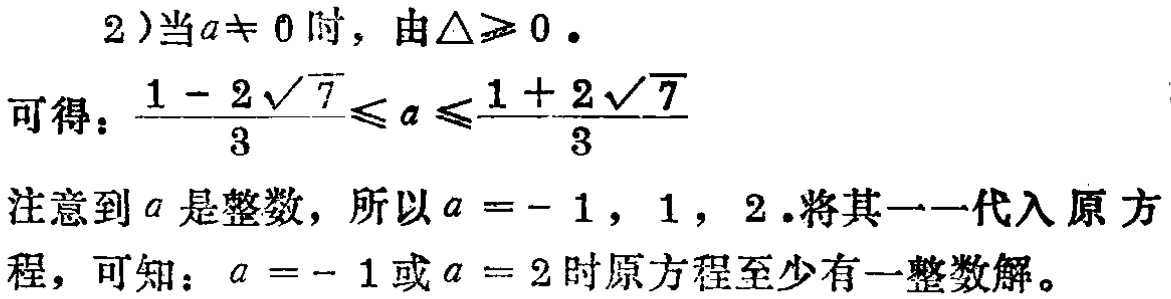
2)当\(a\neq 0\)时，由\(\Delta\geqslant 0\)。
可得：\(\frac{1 - 2\sqrt{7}}{3}\leqslant a\leqslant\frac{1 + 2\sqrt{7}}{3}\)
注意到\(a\)是整数，所以\(a = - 1\)，\(1\)，\(2\)。将其一一代入原方程，可知：\(a = - 1\)或\(a = 2\)时原方程至少有一整数解。